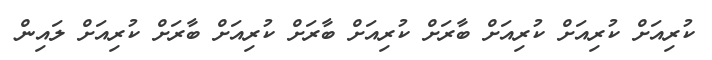
ކުރިއަށް ކުރިއަށް ކުރިއަށް ބާރަށް ކުރިއަށް ބާރަށް ކުރިއަށް ބާރަށް ކުރިއަށް ލައިން